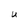
Character: U